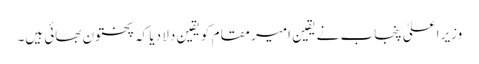
وزیر اعلیٰ پنجاب نے یقین امیر مقام کو یقین دلا دیا کہ پختون بھائی ہیں۔